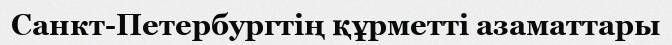
Санкт-Петербургтің құрметті азаматтары